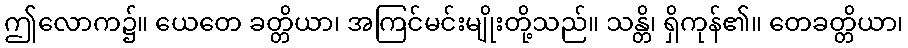
ဤလောက၌။ ယေတေ ခတ္တိယာ၊ အကြင်မင်းမျိုးတို့သည်။ သန္တိ၊ ရှိကုန်၏။ တေခတ္တိယာ၊